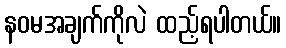
နဝမအချက်ကိုလဲ ထည့်ရပါတယ်။